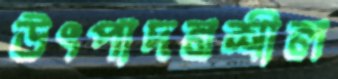
উৎপাদনশীল